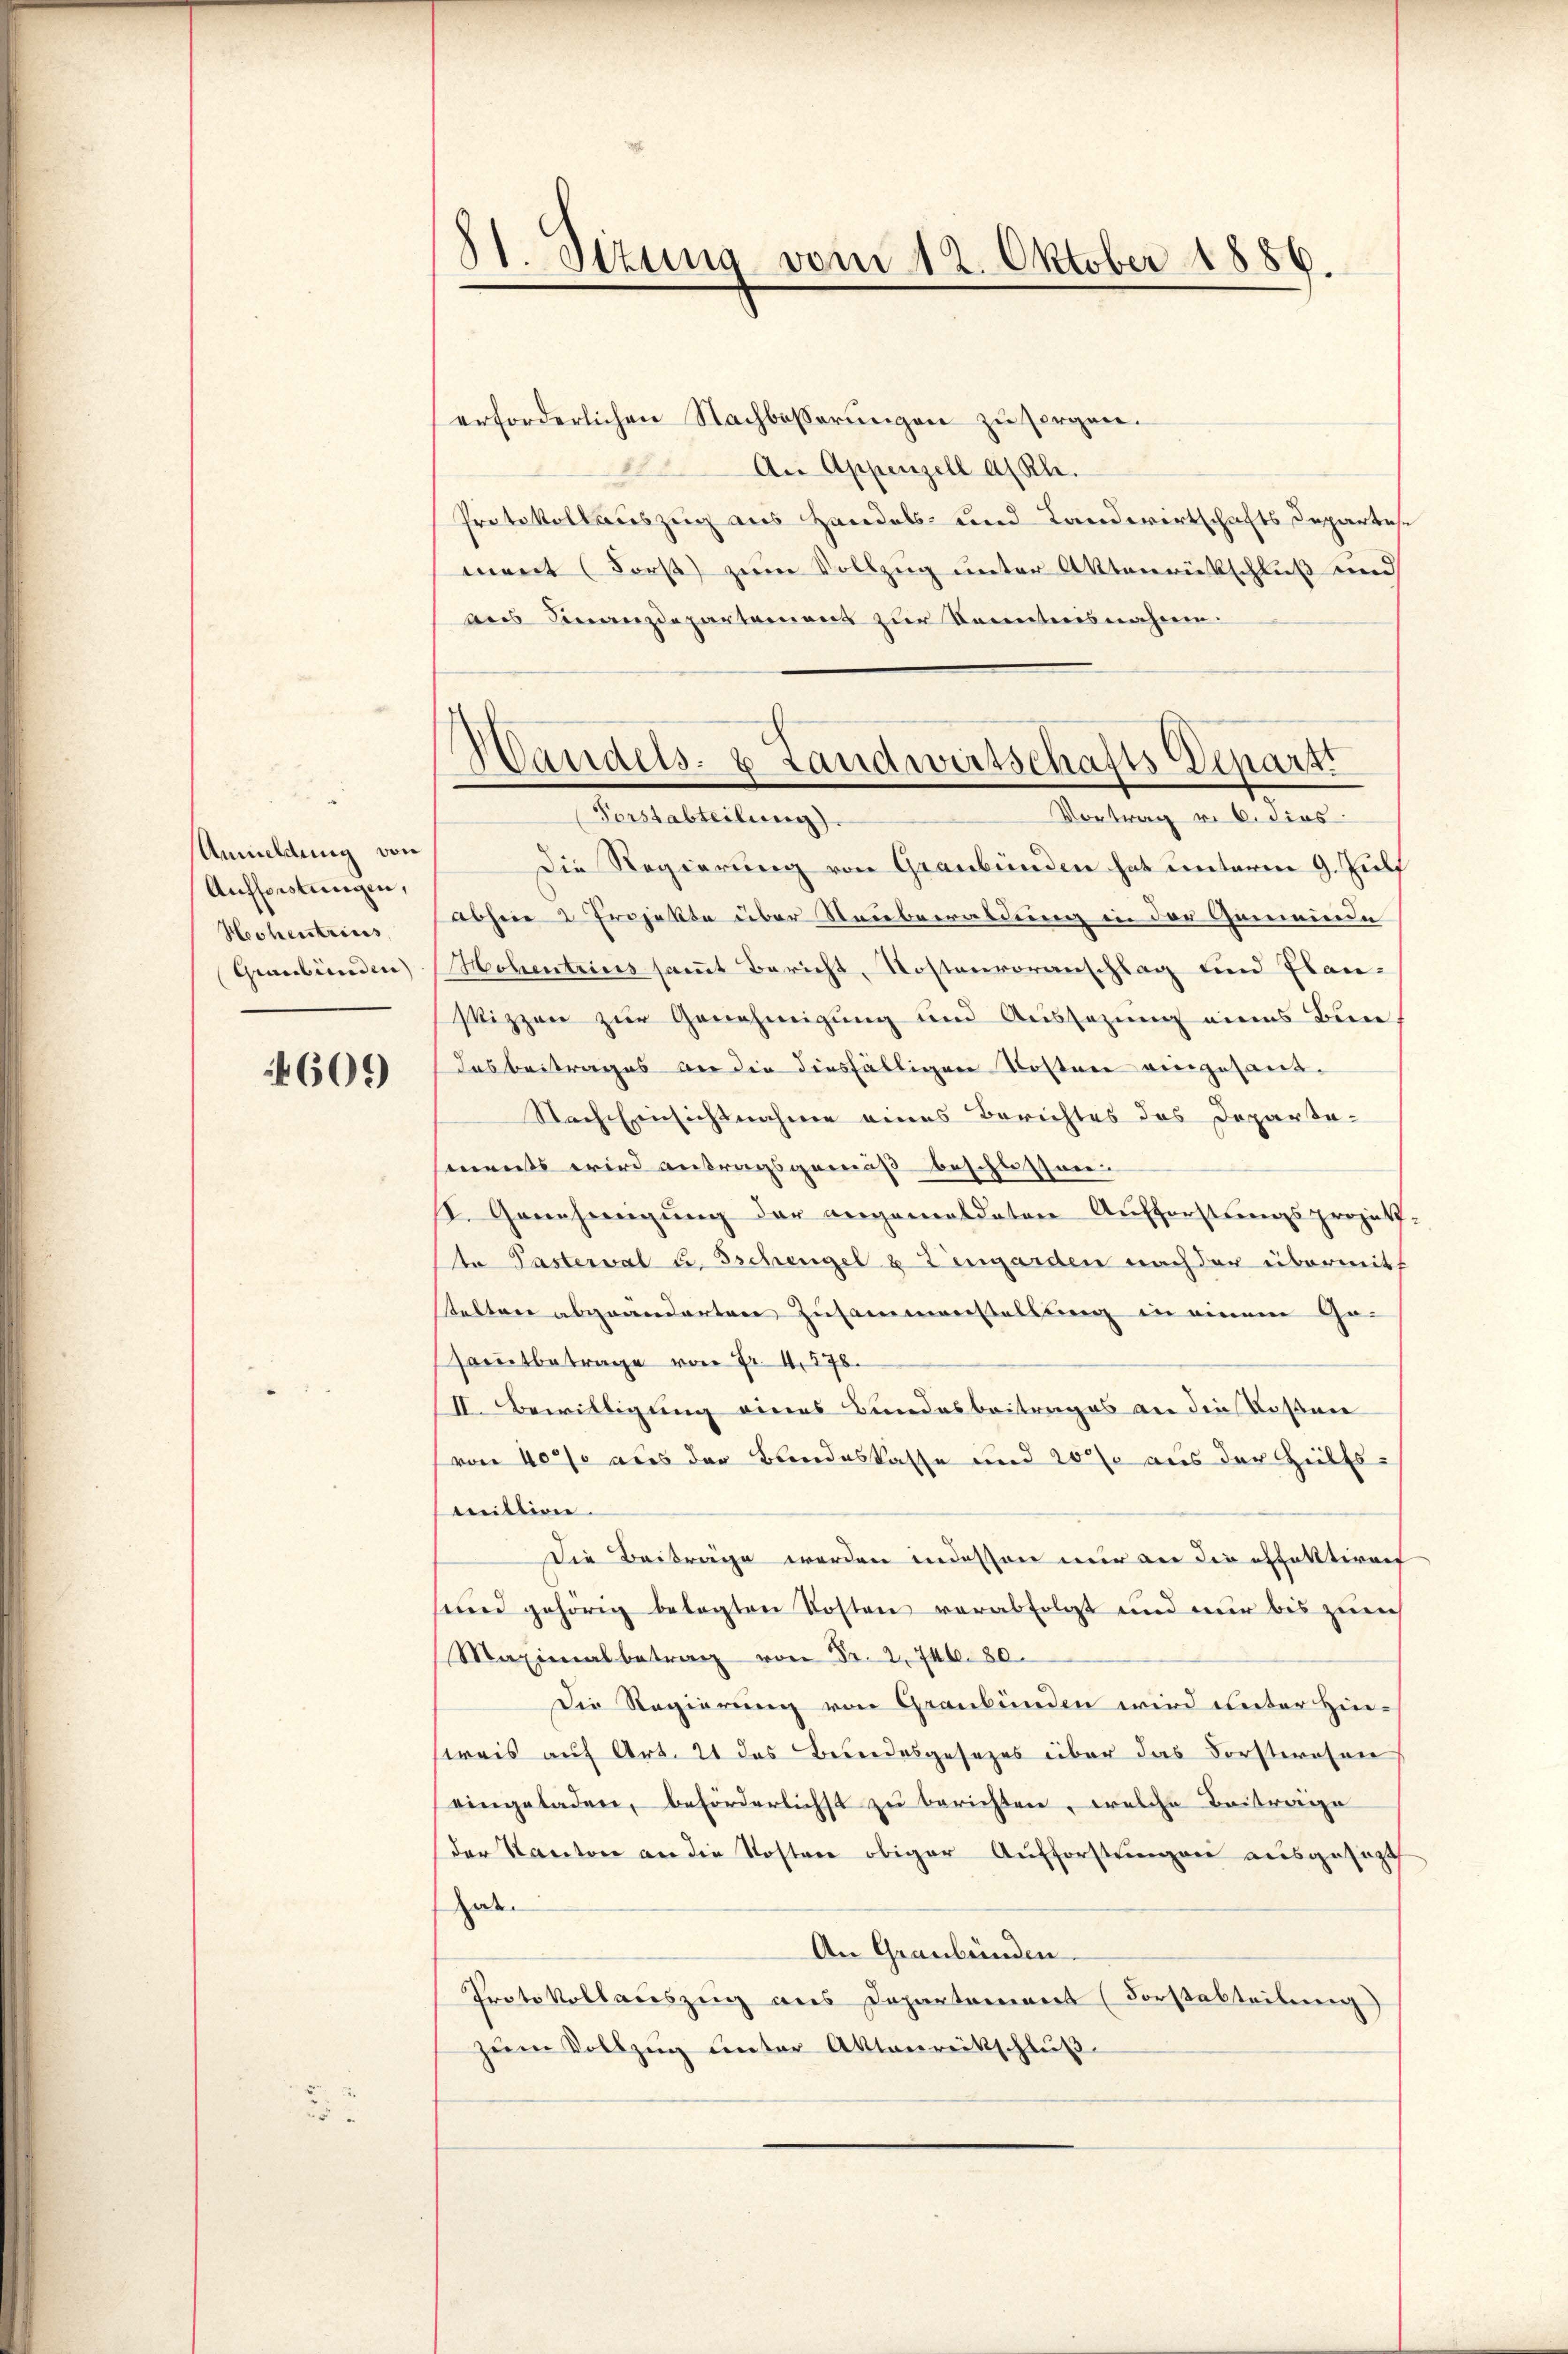
Anmeldung von
Aufforstungen,
Hochentrius
Graubünden)

609

.

11. Sizung vom 12. Oktober 1886.

erforderlichen Nachbesserungen zu sorgen.
An Appenzell a. Rh.
Protokollauszug aus Handels- und Landwirtschafts Departes.
ment (Forst zum Vollzug unter Aktenrückschluß und
aus Finanzdepartemens zur Kenntnisnahme.

Handels- & Landwirtschafts-Depart
Vortrag v. 6. dies
Forstabteilung).

Die Regierung von Graubünden hat unterm 9. Jul
ohere 2 Projekte über Neubewaldung in der Gemeinde
Hohentrius samt Bericht, Kostenvoranschlag und Flan-
skizzen zur Genehmigung und Aussezung eines Berne
Das Beitrages an die diesfälligen Kosten eingesand¬
Nach Einsichtnahme eines Berichtes des Departements wird antragsgemäß beschlossen
I. Genehmigŭng der angemeldeten Aufforstungsprojek-
te Pasterval u. Tschengel u Z engarden nach der übermitt
telten abgeänderten Zusammenstellung in einem Ge-
samtbetrage von Fr. 4. 578.
II. Bewilligung eines Bundesbeitrages an die Rossen
von 400 aus der Bandeskasse und 200 aus der Hilfsmittion.
Die Beiträge werden in dessen nur der diesfalltiren
und gehörig belegten Kosten verabfolgt und nur bis zum
Maximalbetrag von Fr. 2, 746. 80.
Die Regierung von Graubünden wird unter Hinstreis auf Art. 21 das Bundesgesezes über das Forstwesen
eingeladen, beförderlichst zu berichten, welche Beitrage
der Kanton an die Kosten obiger Aufforstungen ausgesetzt
Hae
An Graubünden.
Protokollauszeig aus Departement (Forstabteilung)
zum Vollzug unter Aktenreitschluß